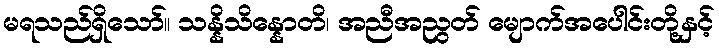
မရသည်ရှိသော်။ သန္နိသိန္နောတိ၊ အညီအညွတ် မျောက်အပေါင်းတို့နှင့်